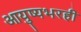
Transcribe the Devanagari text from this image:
आयुष्यभरही